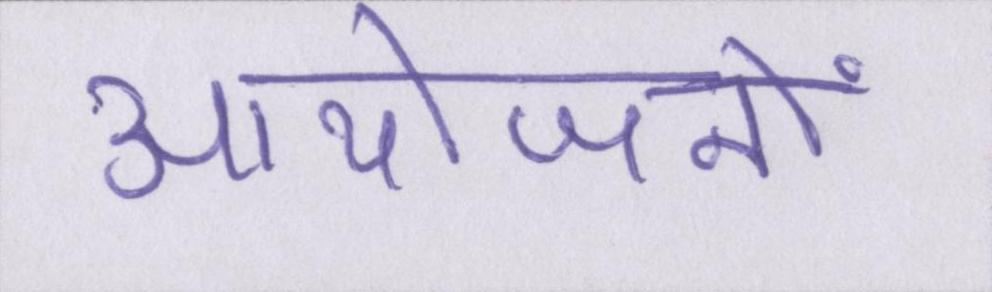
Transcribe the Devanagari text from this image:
आयोजनों